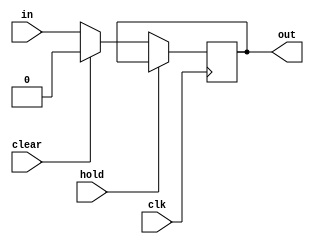
module register #(parameter N = 1) (
	input 			clk,
	input 			clear,
	input 			hold,
	input  [N-1:0] 	in,
	output [N-1:0] 	out);

	reg    [N-1:0] 	out_reg;
	
	always @(posedge clk)
	begin
		if (hold)
			out_reg <= out;
		else if (clear)
			out_reg <= {N{1'b0}};
		else
			out_reg <= in;
	end
	
	assign out = out_reg;
	
endmodule